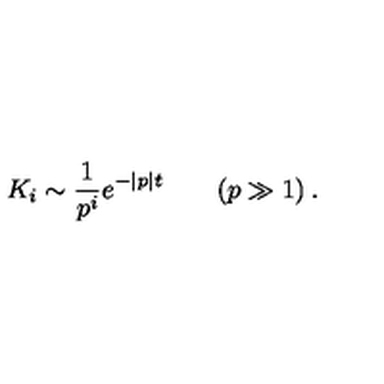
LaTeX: K _ { i } \sim \frac { 1 } { p ^ { i } } e ^ { - | p | t } \qquad ( p \gg 1 ) \: .